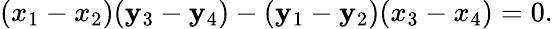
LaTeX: (x_{1}-x_{2})(\mathbf{y}_{3}-\mathbf{y}_{4})-(\mathbf{y}_{1}-\mathbf{y}_{2})(x_{3}-x_{4})=0.